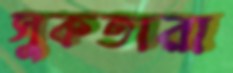
সুকতারা